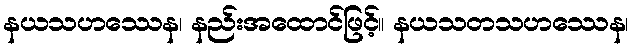
နယသဟဿေန၊ နည်းအထောင်ဖြင့်။ နယသတသဟဿေန၊